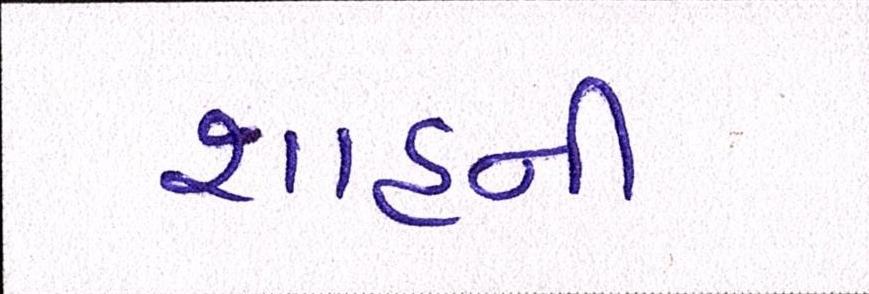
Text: શાહની